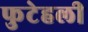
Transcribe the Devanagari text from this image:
फुटेहली